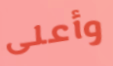
وأعلى